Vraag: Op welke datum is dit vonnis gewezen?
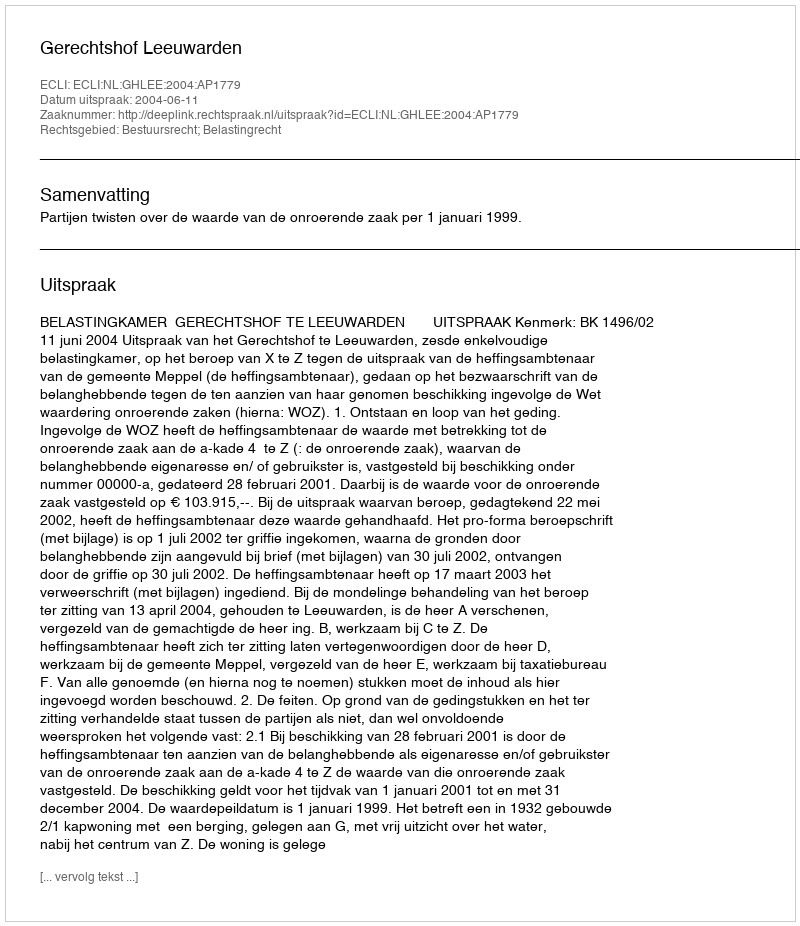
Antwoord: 2004-06-11